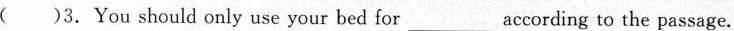
( )3.You should only use your bed for___ according to the passage.